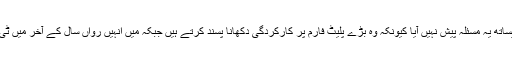
کچھ کھلاڑی اچھی کارکردگی نہیں دکھا سکے لیکن حیدر علی کیساتھ یہ مسئلہ پیش نہیں آیا کیونکہ وہ بڑے پلیٹ فارم پر کارکردگی دکھانا پسند کرتے ہیں جبکہ میں انہیں رواں سال کے آخر میں ٹی 20 ورلڈکپ میں پاکستان کی نمائندگی کرتے بھی دیکھ رہا ہوں۔